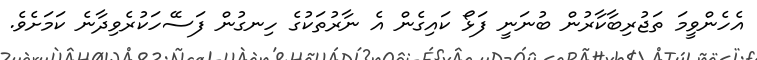
އެހެންވީމަ ތަޖުރިބާކާރުން ބުނަނީ ފަޅޯ ކައިގެން އެ ނާރުތަކުގެ ހިނގުން ފަސޭހަކުރެވިދާނެ ކަމަށެވެ.